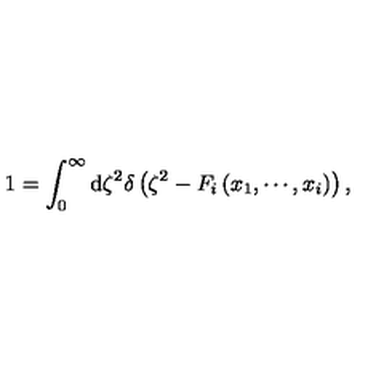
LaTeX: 1 = \int _ { 0 } ^ { \infty } \mathrm { d } \zeta ^ { 2 } \delta \left( \zeta ^ { 2 } - F _ { i } \left( x _ { 1 } , \cdots , x _ { i } \right) \right) ,